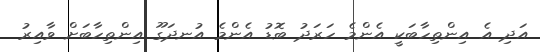
އަދި އެ އިންތިހާބަކީ އެންމެ ހަރަދު ބޮޑު އެންމެ އުނދަގޫ އިންތިހާބަށް ވާއިރު